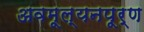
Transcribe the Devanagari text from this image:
अवमूल्यनपूर्ण